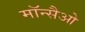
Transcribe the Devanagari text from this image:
मॉन्सैओ